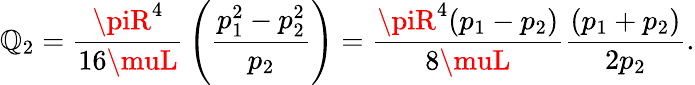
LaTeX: \mathbb{Q}_{2}={\frac{{\piR^{4}}}{{16\muL}}}\left({\frac{{p_{1}^{2}-p_{2}^{2}}}{{p_{2}}}}\right)={\frac{{\piR^{4}(p_{1}-p_{2})}}{{8\muL}}}{\frac{{(p_{1}+p_{2})}}{{2p_{2}}}}.